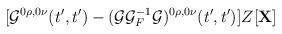
LaTeX: \begin{align*}[{\cal G}^{0\rho ,0\nu}(t',t')-({\cal G}{\cal G}_F^{-1}{\cal G})^{0\rho ,0\nu}(t',t')]Z[{\bf X}]\end{align*}